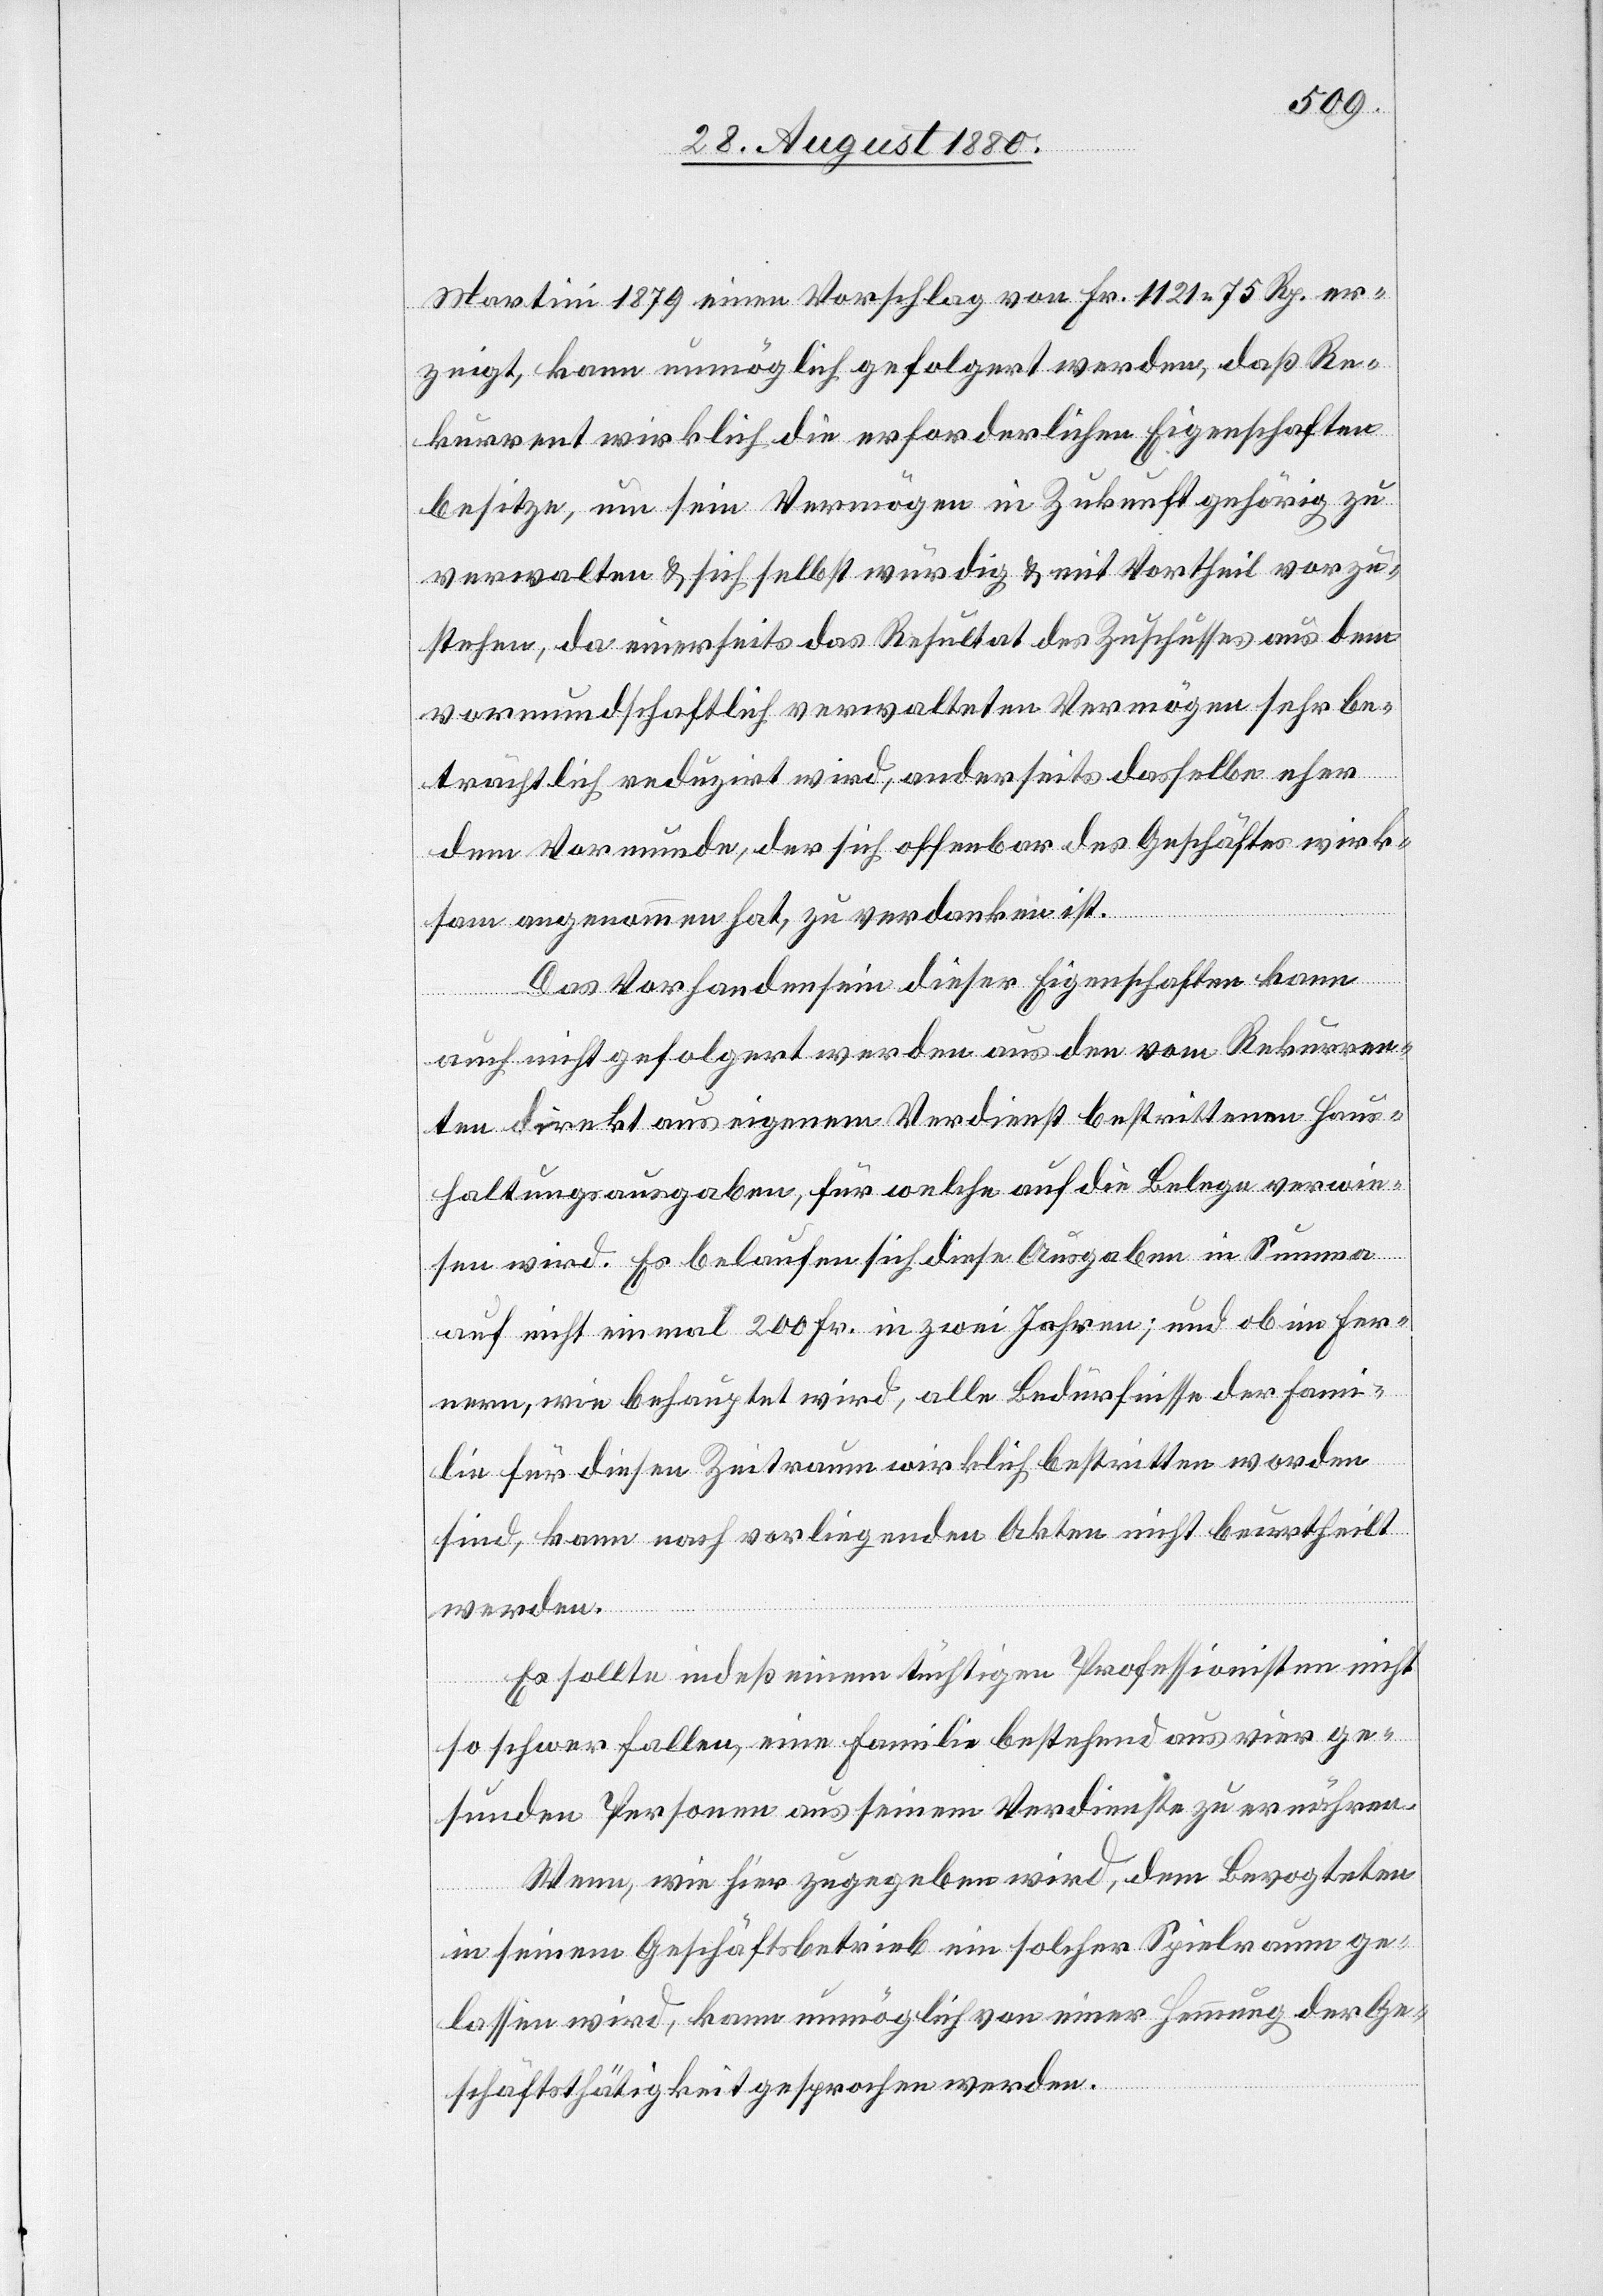
Martini 1879 einen Vorschlag von Fr. 1121 75 Rp. er¬
zeigt, kann unmöglich gefolgert werden, daß Re¬
kurrent wirklich die erforderlichen Eigenschaften
besitze, um sein Vermögen in Zukunft gehörig zu
verwalten & sich selbst würdig & mit Vortheil vorzu¬
stehen, da einerseits das Resultat des Zuschusses aus dem
vormundschaftlich verwalteten Vermögen sehr be¬
trächtlich reduzirt wird, anderseits dasselbe eher
dem Vormunde, der sich offenbar des Geschäftes wirk¬
sam angenommen hat, zu verdanken ist.
Das Vorhandensein dieser Eigenschaften kann
auch nicht gefolgert werden aus den vom Rekurren¬
ten direkt aus eigenem Verdienst bestrittenen Haus¬
haltungsausgaben, für welche auf die Belege verwie¬
sen wird. Es belaufen sich diese Ausgaben in Summa
auf nicht einmal 200 Fr. in zwei Jahren; und ob im Fer¬
nern, wie behauptet wird, alle Bedürfnisse der Fami¬
lie für diesen Zeitraum wirklich bestritten worden
sind, kann nach vorliegenden Akten nicht beurtheilt
werden.
Es sollte indeß einem tüchtigen Professionisten nicht
so schwer fallen, eine Familie bestehend aus vier ge¬
sunden Personen aus seinem Verdienste zu ernähren.
Wenn, wie hier zugegeben wird, dem Bevogteten
in seinem Geschäftsbetrieb ein solcher Spielraum ge¬
lassen wird, kann unmöglich von einer Hemmung der Ge¬
schäftstätigkeit gesprochen werden.